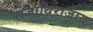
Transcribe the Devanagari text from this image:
राजाधिराजाय